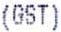
(GST)